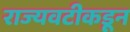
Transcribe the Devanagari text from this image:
राज्यवटीकडून